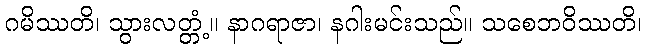
ဂမိဿတိ၊ သွားလတ္တံ့။ နာဂရာဇာ၊ နဂါးမင်းသည်။ သစေဘဝိဿတိ၊